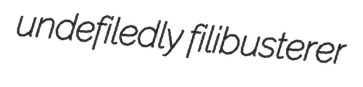
undefiledly filibusterer